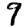
Digit: 9